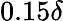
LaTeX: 0.15\delta